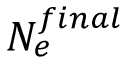
N _ { e } ^ { f i n a l }